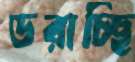
ডরাচ্ছি